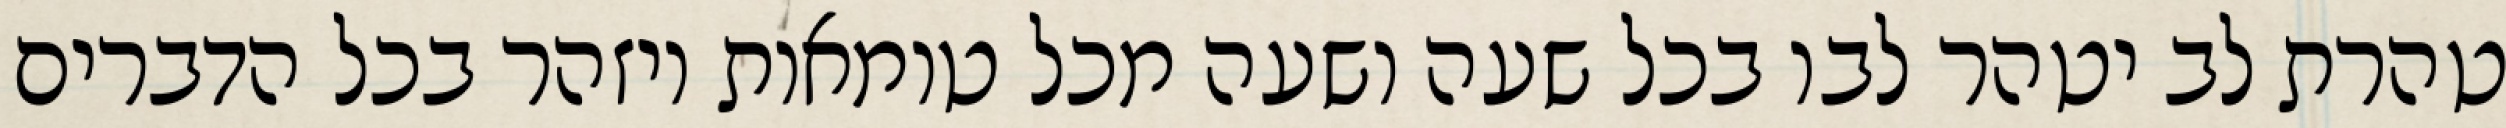
טהרת לב יטהר לבו בכל שעה ושעה מכל טומאות ויזהר בכל הדברים